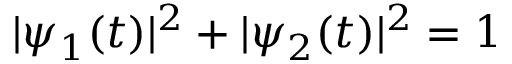
| \psi _ { 1 } ( t ) | ^ { 2 } + | \psi _ { 2 } ( t ) | ^ { 2 } = 1